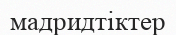
мадридтіктер